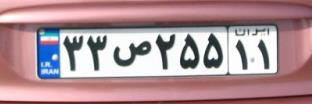
۳۳ص۲۵۵۱۱